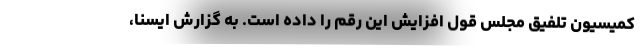
کمیسیون تلفیق مجلس قول افزایش این رقم را داده است. به گزارش ایسنا،